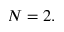
N = 2 .